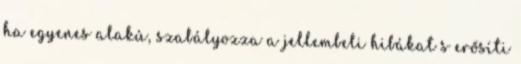
ha egyenes alakú, szabályozza a jellembeli hibákat s erősíti